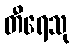
တီရေသု